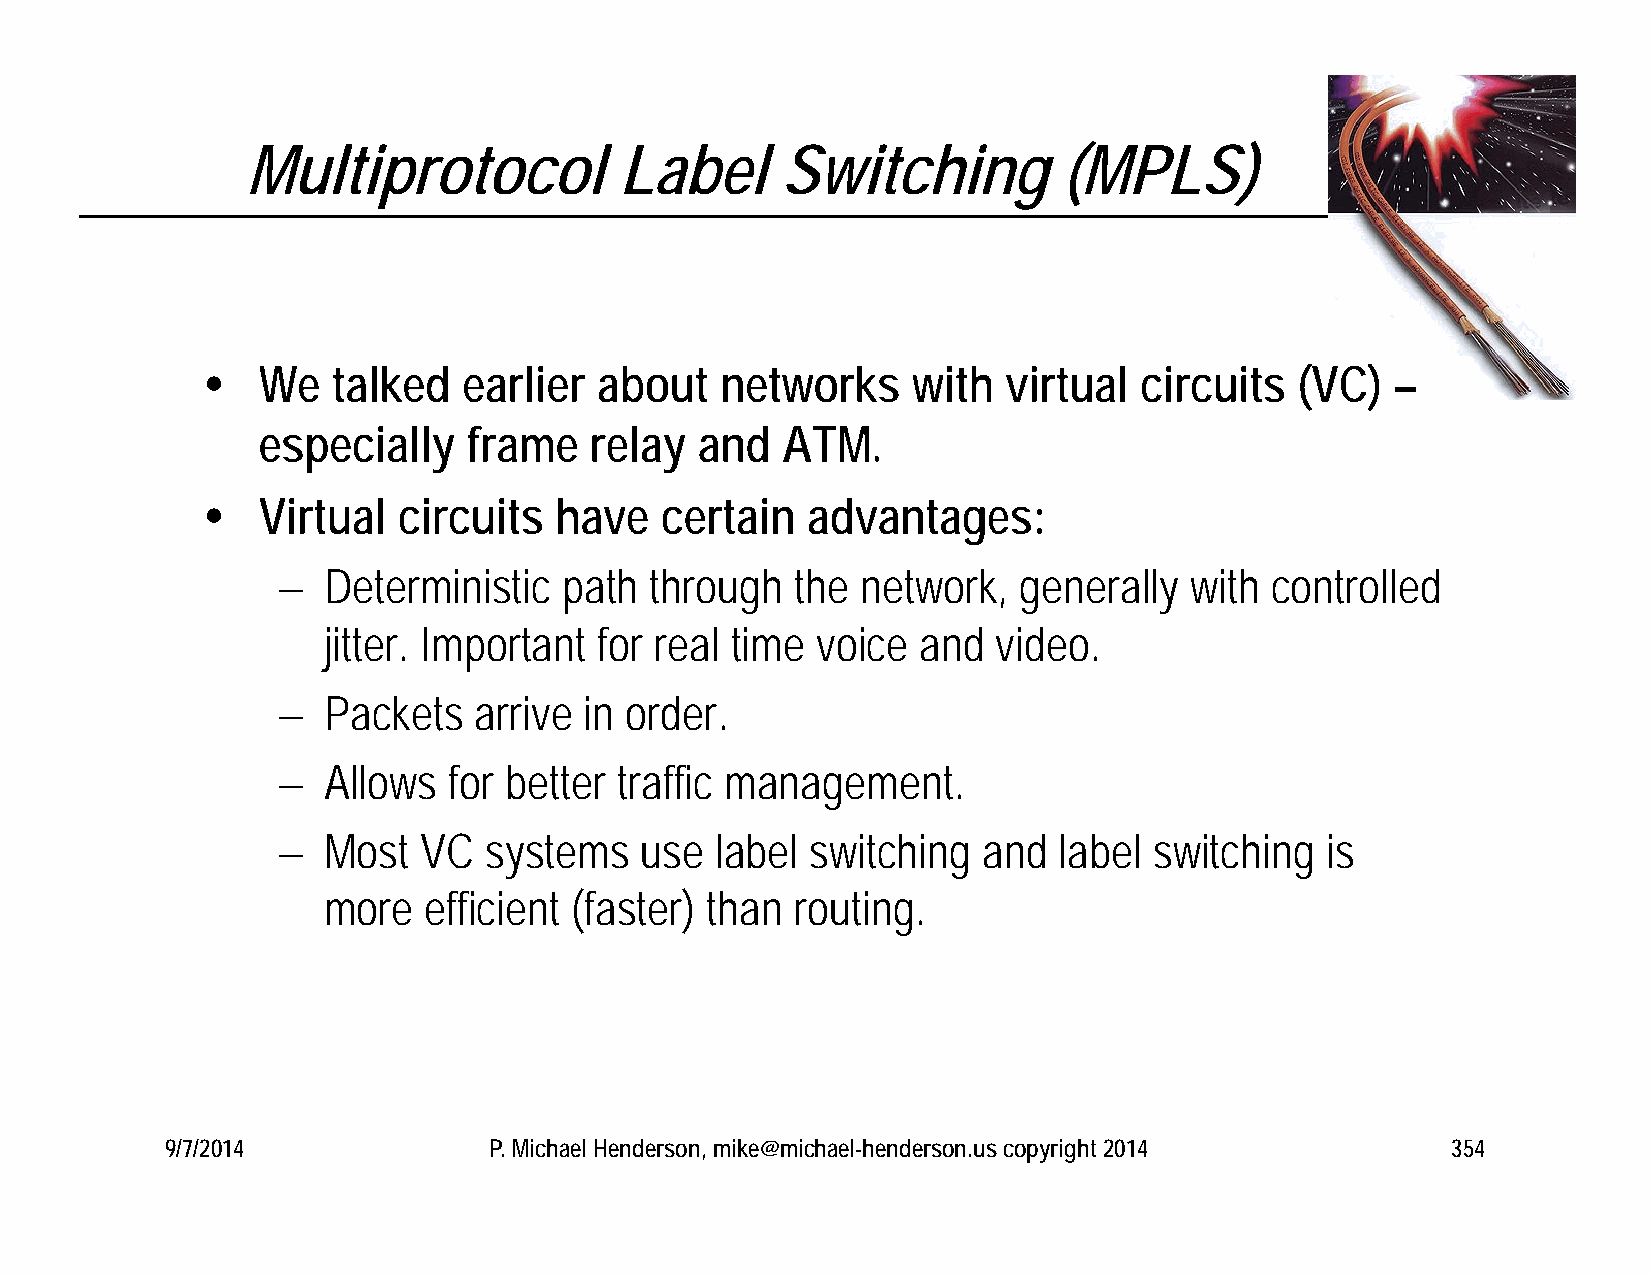
Multiprotocol            Label      Switching         (MPLS)
    We   talked   earlier  about   networks    with   virtual circuits   (VC)  –
 especially    frame   relay  and   ATM.
    Virtual  circuits   have   certain  advantages:
   Deterministic   path  through   the network,   generally  with controlled
 jitter. Important  for real time voice  and  video.
   Packets   arrive  in order.
   Allows   for better traffic management.
   Most   VC  systems   use  label  switching  and  label switching   is
 more   efficient (faster) than  routing.
 9/7/2014             P. Michael Henderson, mike@michael-henderson.us copyright 2014  354